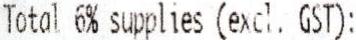
TOTAL 6% SUPPLIES (EXCL. GST):